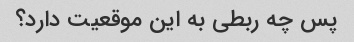
پس چه ربطی به این موقعیت دارد؟